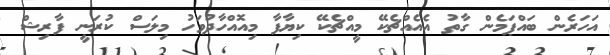
އަހަރެން ބައްޕަމެން ގާތު އެއެއްޗެކޭ މީއްޗެކޭ ކިޔާފާ މިއޮއްހާދުވަހު މިލަސް ކުރަނީ ފާރިޝް